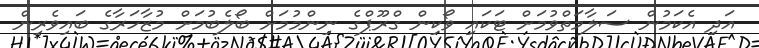
އަދި އެކަމުން ސަލާމަތްވުމަށް ޓަކައި ވޯކިން ގްރޫޕްގެ ނިންމުމަށް ބޯލެބުމަށް މުޒާހަރާގެ ބައިވެރިން